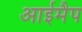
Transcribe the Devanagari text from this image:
आईमैप